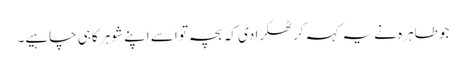
جو طاہرہ نے یہ کہہ کر ٹھکرا دی کہ بچہ تو اسے اپنے شوہر کا ہی چاہیے۔